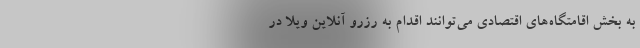
به بخش اقامتگاه‌های اقتصادی می‌توانند اقدام به رزرو آنلاین ویلا در